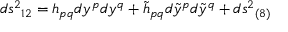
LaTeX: d s ^ { 2 } { } _ { 1 2 } = h _ { p q } d y ^ { p } d y ^ { q } + \tilde { h } _ { p q } d \tilde { y } ^ { p } d \tilde { y } ^ { q } + d s ^ { 2 } { } _ { ( 8 ) }